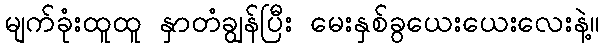
မျက်ခုံးထူထူ နှာတံချွန်ပြီး မေးနှစ်ခွယေးယေးလေးနဲ့။